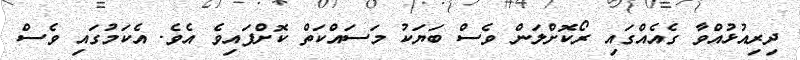
ދިރިއުޅުއްވާ ގެއެއްގައި ރޯކޮށްލަން ވެސް ބަޔަކު މަސައްކަތް ކޮށްފައިވެ އެވެ. އެކަމުގައި ވެސް